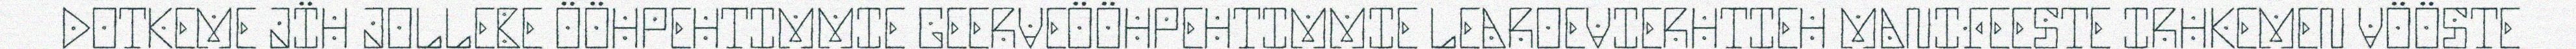
DOTKEME JÏH JOLLEBE ÖÖHPEHTIMMIE GEERVEÖÖHPEHTIMMIE LEAROEVIERHTIEH MANIFEESTE IRHKEMEN VÖÖSTE